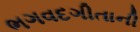
ભગવદગીતાની